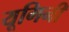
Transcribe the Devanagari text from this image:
यूगिनी